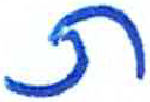
אות: ת